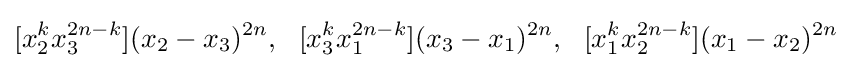
[x_{2}^{k}x_{3}^{2n-k}](x_{2}-x_{3})^{2n},\ \ [x_{3}^{k}x_{1}^{2n-k}](x_{3}-x_{1})^{2n},\ \ [x_{1}^{k}x_{2}^{2n-k}](x_{1}-x_{2})^{2n}